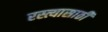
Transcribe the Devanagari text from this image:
रस्त्यासाठी